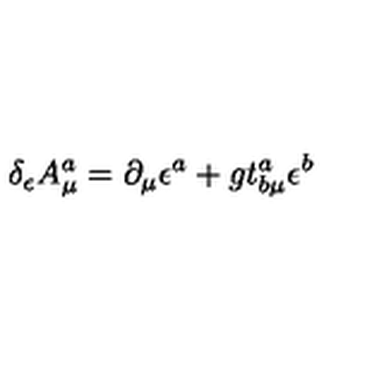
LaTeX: \delta _ { \epsilon } A _ { \mu } ^ { a } = \partial _ { \mu } \epsilon ^ { a } + g t _ { b \mu } ^ { a } \epsilon ^ { b }